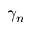
\gamma _ { n }